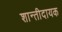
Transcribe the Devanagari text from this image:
शान्तीदायक